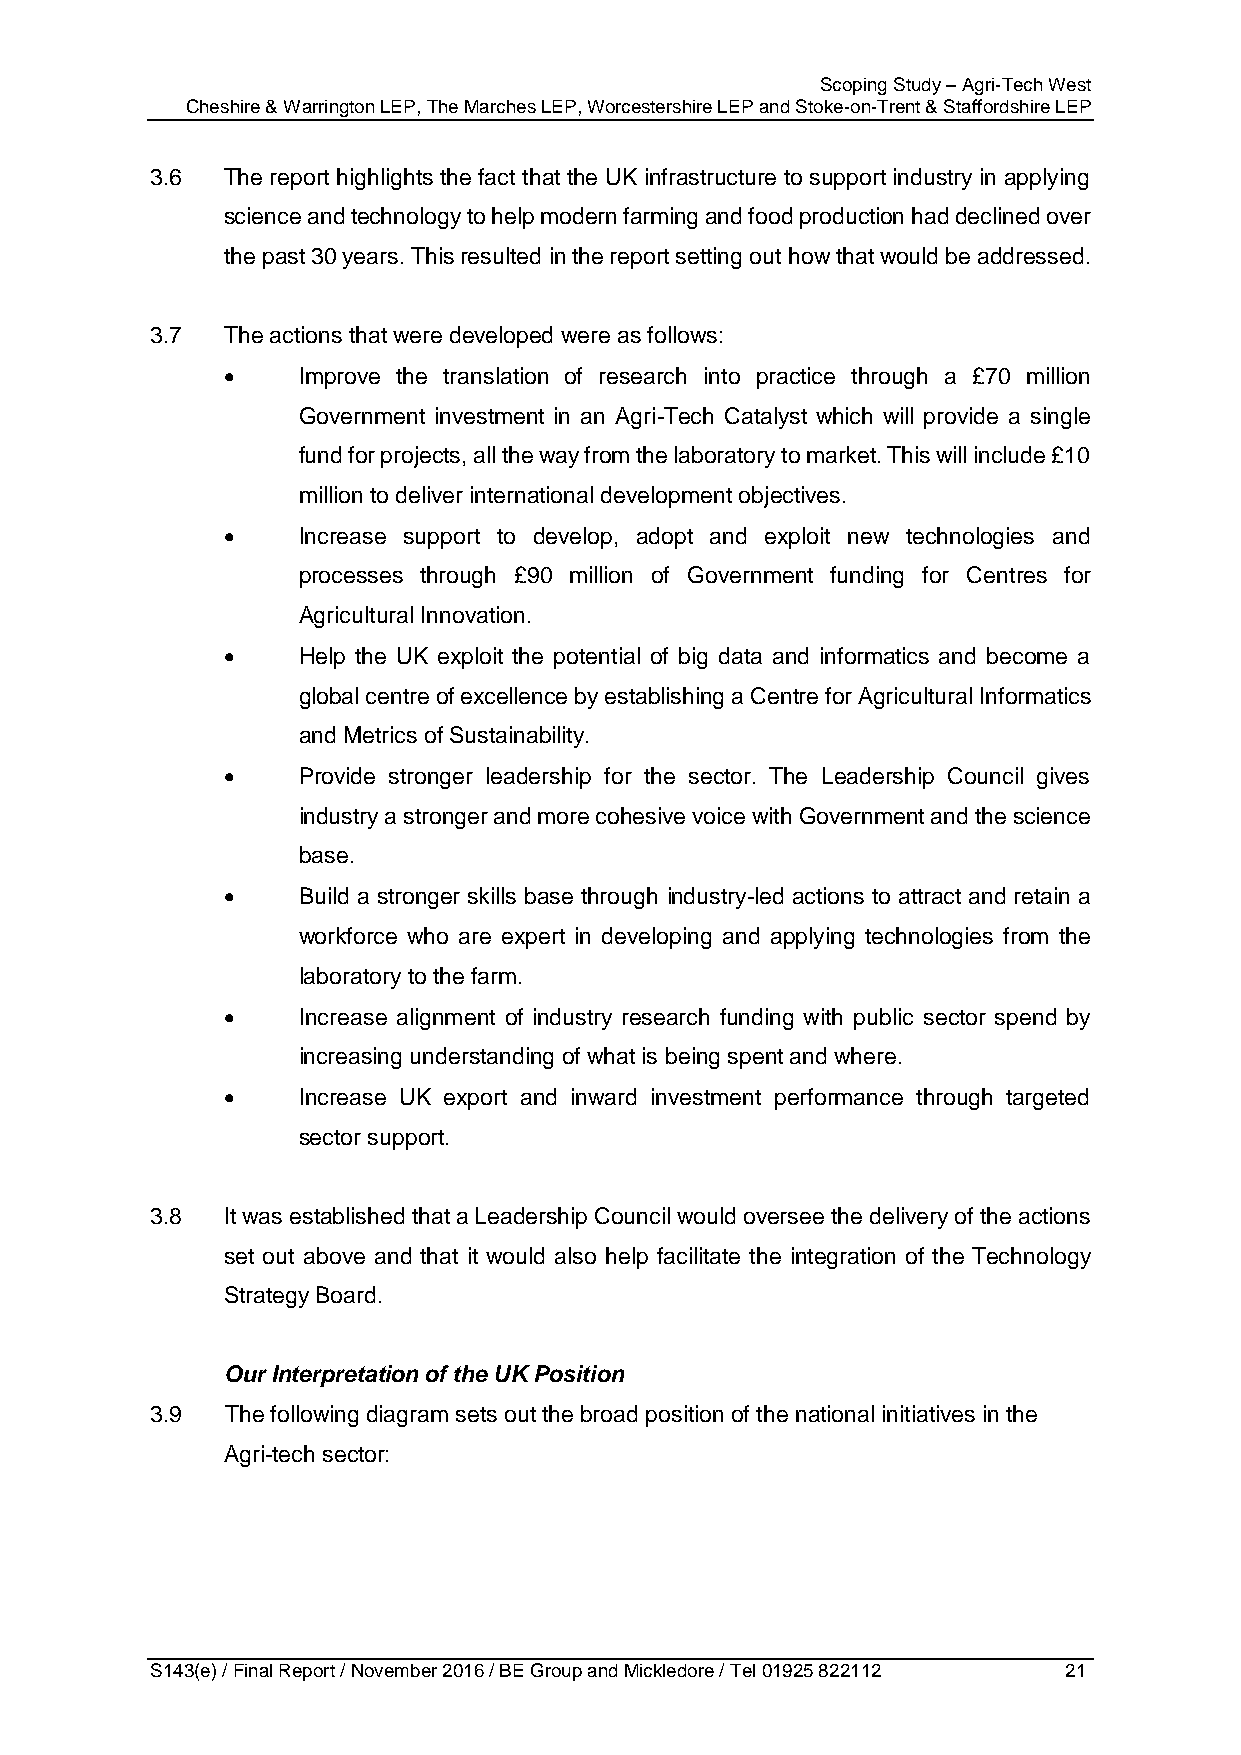
Scoping Study – Agri-Tech West
 Cheshire & Warrington LEP, The Marches LEP, Worcestershire LEP and Stoke-on-Trent & Staffordshire LEP
 3.6  The report highlights the fact that the UK infrastructure to support industry in applying
 science and technology to help modern farming and food production had declined over
 the past 30 years. This resulted in the report setting out how that would be addressed.
 3.7  The actions that were developed were as follows:
     Improve the translation of research into practice through a £70 million
 Government investment in an Agri-Tech Catalyst which will provide a single
 fund for projects, all the way from the laboratory to market. This will include £10
 million to deliver international development objectives.
     Increase support to develop, adopt and exploit new technologies and
 processes through £90 million of Government funding for Centres for
 Agricultural Innovation.
     Help the UK exploit the potential of big data and informatics and become a
 global centre of excellence by establishing a Centre for Agricultural Informatics
 and Metrics of Sustainability.
     Provide stronger leadership for the sector. The Leadership Council gives
 industry a stronger and more cohesive voice with Government and the science
 base.
     Build a stronger skills base through industry-led actions to attract and retain a
 workforce who are expert in developing and applying technologies from the
 laboratory to the farm.
     Increase alignment of industry research funding with public sector spend by
 increasing understanding of what is being spent and where.
     Increase UK export and inward investment performance through targeted
 sector support.
 3.8  It was established that a Leadership Council would oversee the delivery of the actions
 set out above and that it would also help facilitate the integration of the Technology
 Strategy Board.
 Our Interpretation of the UK Position
 3.9  The following diagram sets out the broad position of the national initiatives in the
 Agri-tech sector:
 S143(e) / Final Report / November 2016 / BE Group and Mickledore / Tel 01925 822112 21